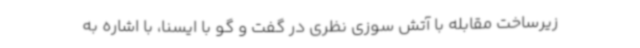
زیرساخت مقابله با آتش سوزی نظری در گفت و گو با ایسنا، با اشاره به